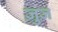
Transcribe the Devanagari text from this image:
ज़ुज़